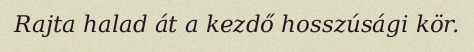
Rajta halad át a kezdő hosszúsági kör.